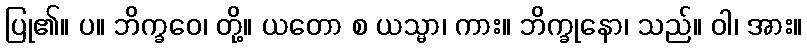
ပြု၏။ ပ။ ဘိက္ခဝေ၊ တို့။ ယတော စ ယသ္မာ၊ ကား။ ဘိက္ခုနော၊ သည်။ ဝါ၊ အား။